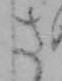
さ